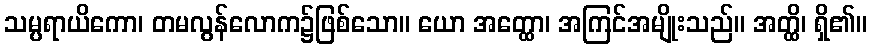
သမ္ပရာယိကော၊ တမလွန်လောက၌ဖြစ်သော။ ယော အတ္ထော၊ အကြင်အမျိုးသည်။ အတ္ထိ၊ ရှိ၏။